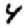
Digit: 4